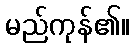
မည်ကုန်၏။